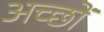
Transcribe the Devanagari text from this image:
अच्छों